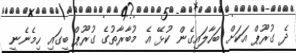
ދެ ގުރޫޕް އަކަށް ބަހާލައިގެން ކުޅޭ އެ މުބާރާތުގެ ގުރޫޕް ބީގައި ހިމެނެނީ